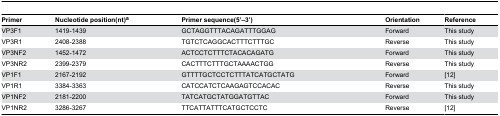
| Primer | Nucleotide position(nt)a | Primer sequence(5’–3’) | Orientation | Reference |
 | --- | --- | --- | --- | --- |
 | VP3F1 | 1419-1439 | GCTAGGTTTACAGATTTGGAG | Forward | This study |
 | VP3R1 | 2408-2388 | TGTCTCAGGCACTTTCTTTGC | Reverse | This study |
 | VP3NF2 | 1452-1472 | ACTCCTCTTTCTACACAGATG | Forward | This study |
 | VP3NR2 | 2399-2379 | CACTTTCTTTGCTAAAACTGG | Reverse | This study |
 | VP1F1 | 2167-2192 | GTTTTGCTCCTCTTTATCATGCTATG | Forward | [12] |
 | VP1R1 | 3384-3363 | CATCCATCTCAAGAGTCCACAC | Reverse | This study |
 | VP1NF2 | 2181-2200 | TATCATGCTATGGATGTTAC | Forward | This study |
 | VP1NR2 | 3286-3267 | TTCATTATTTCATGCTCCTC | Reverse | [12] |